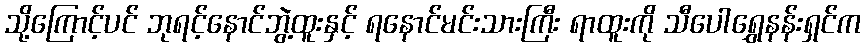
သို့ကြောင့်ပင် ဘုရင့်နောင်ဘွဲ့ထူးနှင့် ရနောင်မင်းသားကြီး ရာထူးကို သီပေါရွှေနန်းရှင်က